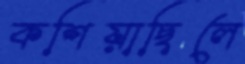
কশিয়াছিলে